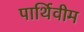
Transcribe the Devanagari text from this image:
पार्थिवीम